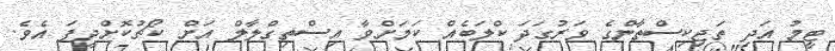
ޓީމު އަދި ތަޖިކިސްތާންގެ ވަރުގަދަ ކްލަބެއް ކަމަށްވާ އިސްތިގްލާލް އަށް ކޯޗުކޮށްދީފަ އެވެ.